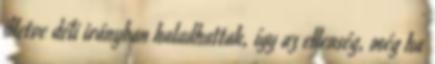
illetve déli irányban haladhattak, így az ellenség, még ha